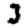
Digit: 3